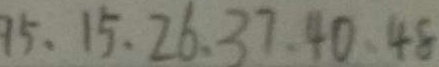
9 5 、 1 5 、 2 6 、 3 7 、 4 0 、 4 8